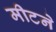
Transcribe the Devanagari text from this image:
मीटने